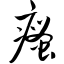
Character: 瘙